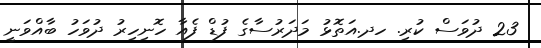
23 ދުވަސް ކުރި. ހދ.އަތޮޅު މަދަރުސާގެ ފުޑް ފެއާ ހޮނިހިރު ދުވަހު ބާއްވަނީ